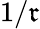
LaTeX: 1/\mathfrak{r}